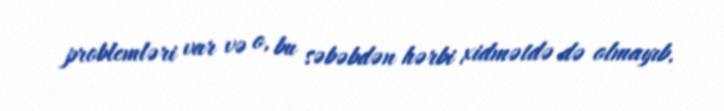
problemləri var və o, bu səbəbdən hərbi xidmətdə də olmayıb.